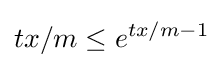
tx/m\leq e^{tx/m-1}